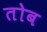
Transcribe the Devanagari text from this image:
तोब